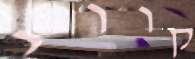
קווי